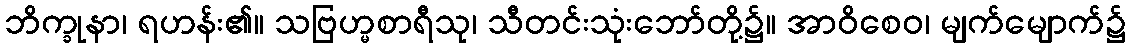
ဘိက္ခုနာ၊ ရဟန်း၏။ သဗြဟ္မစာရီသု၊ သီတင်းသုံးဘော်တို့၌။ အာဝိစေဝ၊ မျက်မျောက်၌